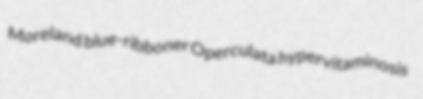
Moreland blue-ribboner Operculata hypervitaminosis